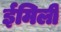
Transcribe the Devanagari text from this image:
ईमिली